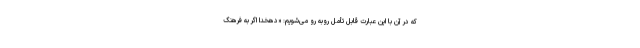
که در آن با این عبارت قابل تأمل رو‌به رو می‌شویم: «دهخدا اگر به فرهنگ